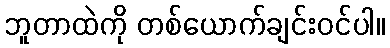
ဘူတာထဲကို တစ်ယောက်ချင်းဝင်ပါ။